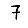
Digit: 7